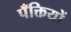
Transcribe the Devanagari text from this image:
पँक्तियों